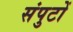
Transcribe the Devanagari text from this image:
संपुटों